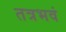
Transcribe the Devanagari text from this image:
तत्रभवं